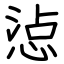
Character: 惉